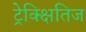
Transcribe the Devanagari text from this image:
ट्रेक्क्षितिज